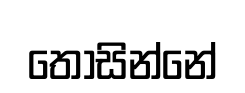
තොසින්නේ